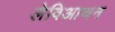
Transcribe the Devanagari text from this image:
लेविआथन